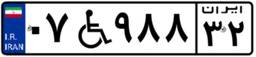
۰۷W۹۸۸۳۲